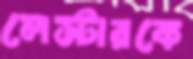
লেস্টারকে